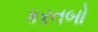
કરતબો